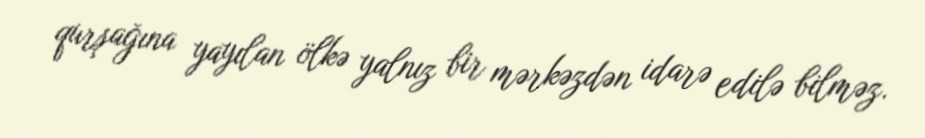
qurşağına yayılan ölkə yalnız bir mərkəzdən idarə edilə bilməz.